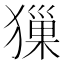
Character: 㺐